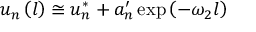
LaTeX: u _ { n } \left( l \right) \cong u _ { n } ^ { * } + a _ { n } ^ { \prime } \exp \left( - \omega _ { 2 } l \right)